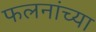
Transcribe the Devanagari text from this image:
फलनांच्या